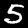
Digit: 5